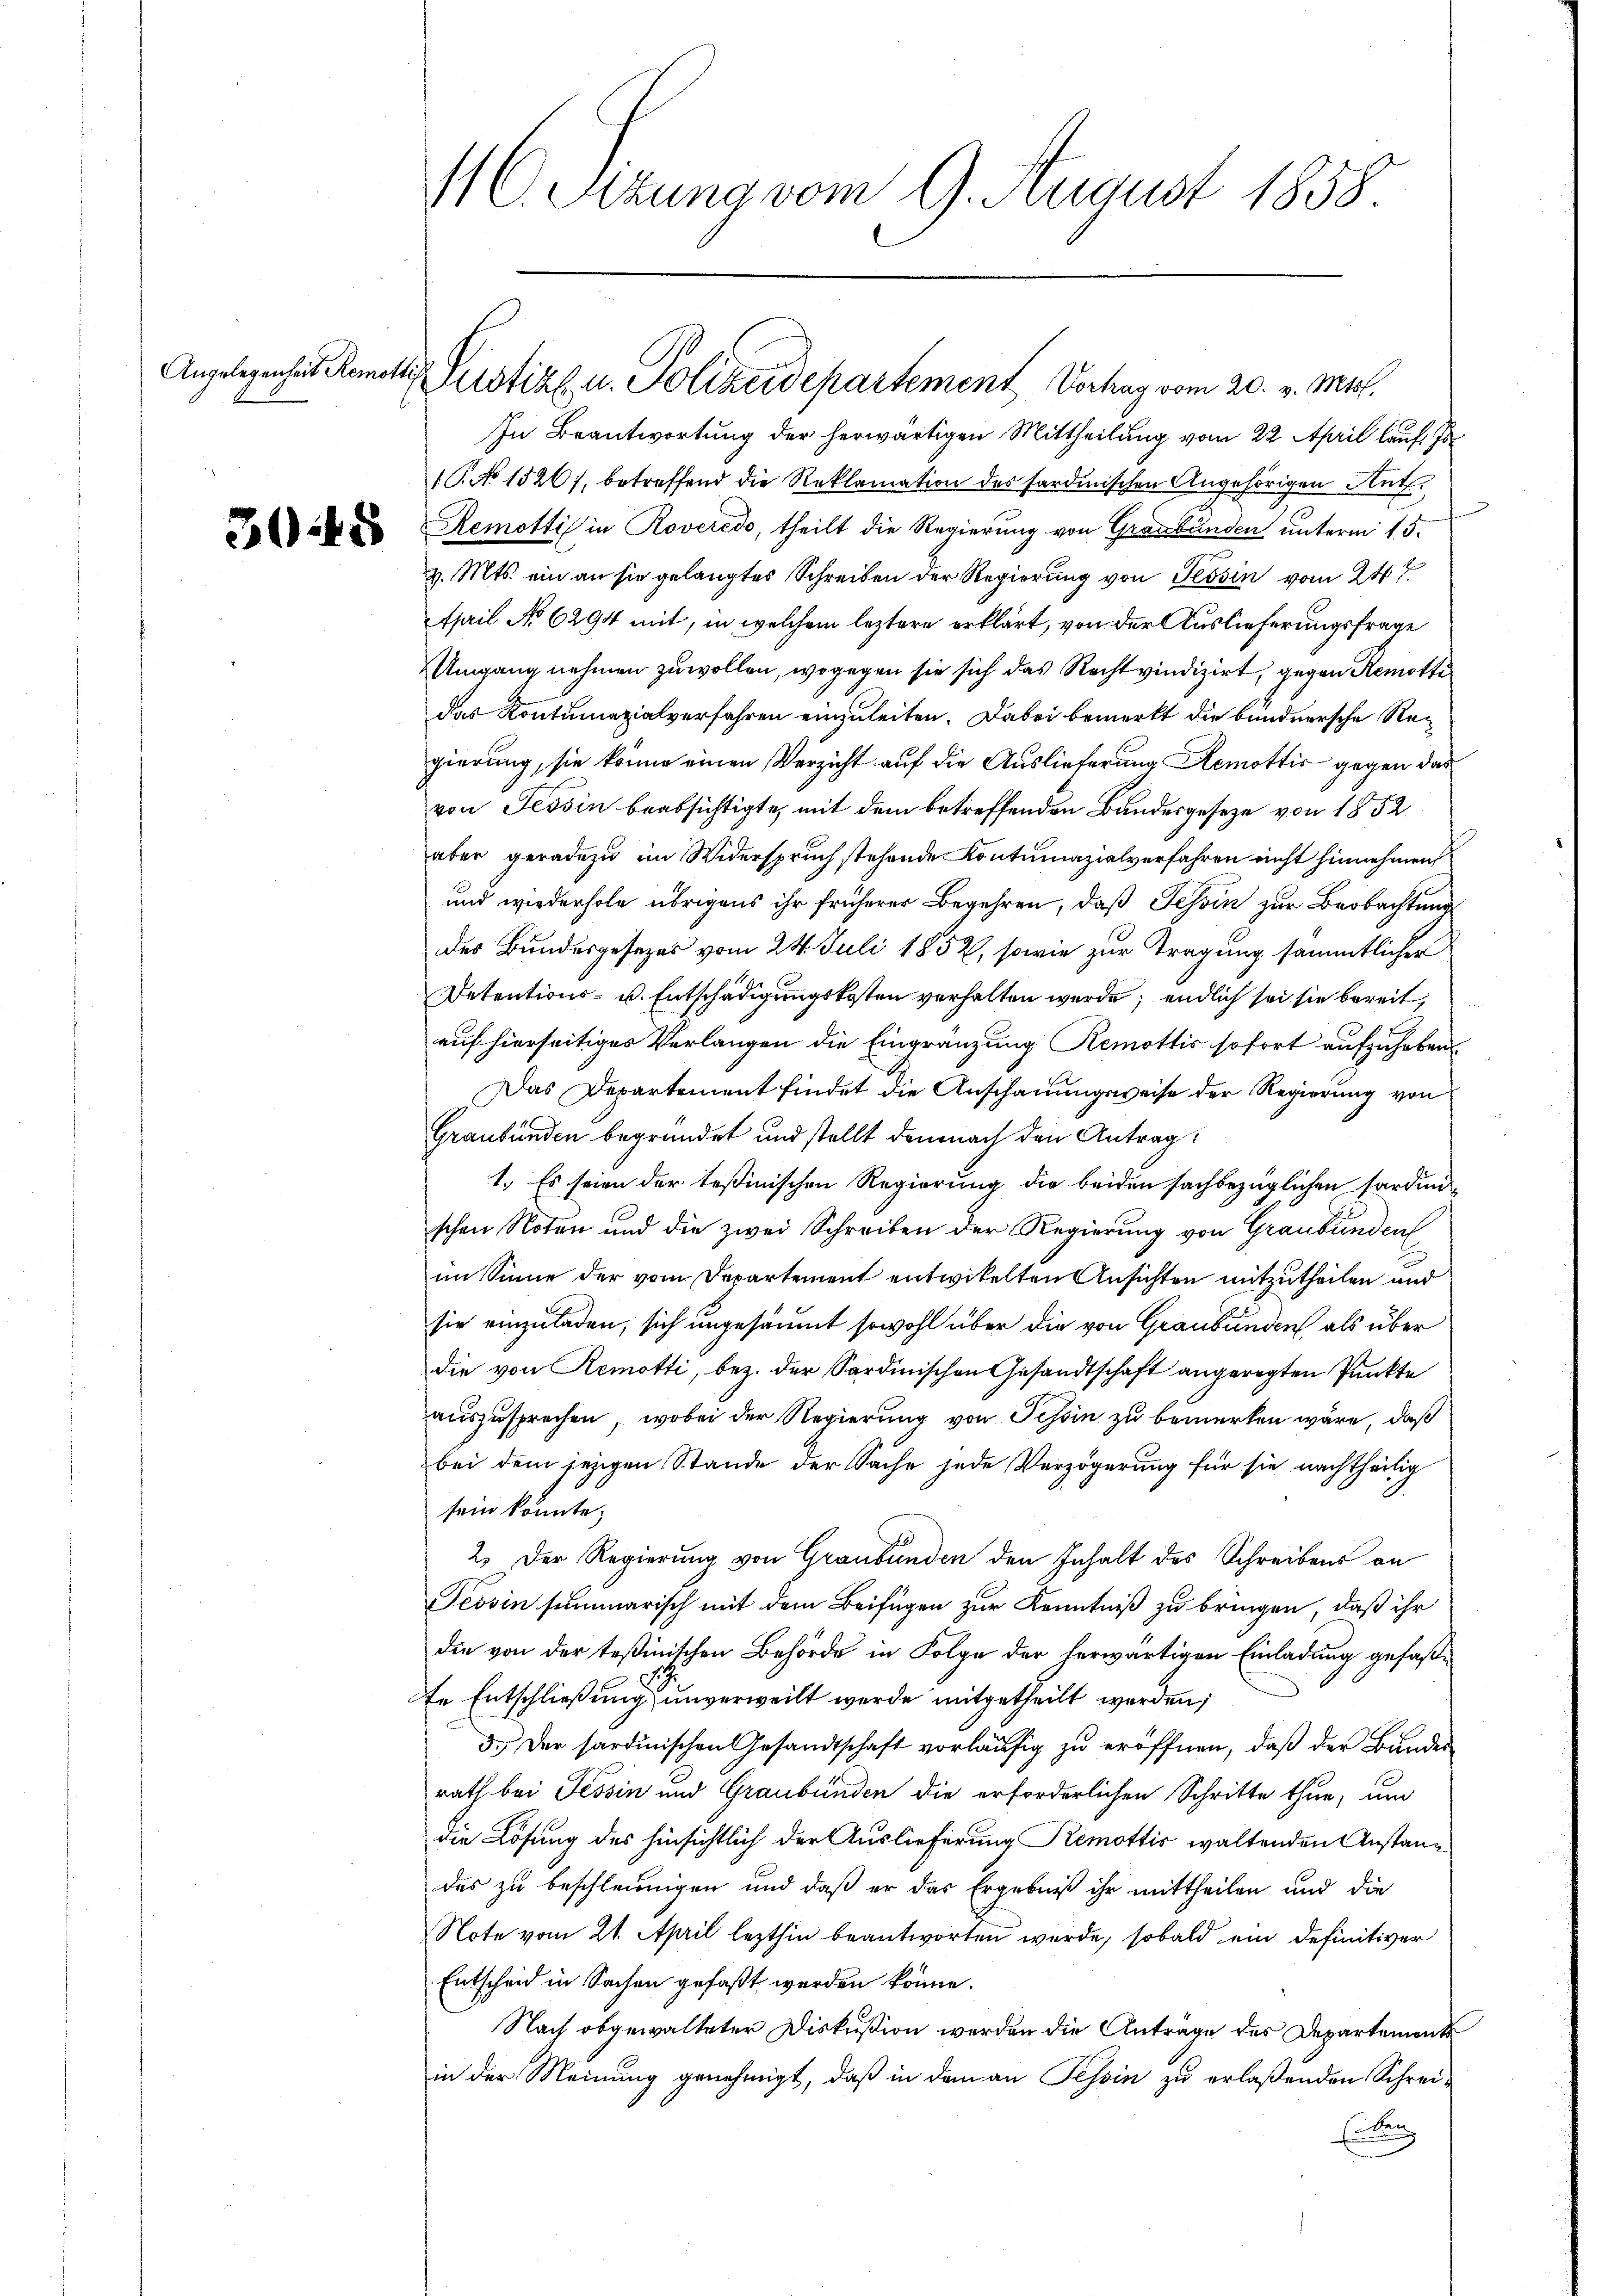
Angelegenheit Remottis

3048

In Beantwortung der herwärtigen Mittheilung vom 22. April lauf I
1. No 1520, betreffend die Reklamation des sardinischen Angehörigen Ant.
Remottis in Roveredo, theilt die Regierung von Graubünden unterm 15.
v. Mts. ein an sie gelangtes Schreiben der Regierung von Tessin vom 24t
April No 6294 mit, in welchem leztere erklärt, von der Auslieferungsfrage
UUmgang nehmen zu wollen, wogegen sie sich das Recht vindizirt, gegen Remotte
das Kontumazialverfahren einzuleiten. Dabei bemerkt die bundnersche Regierung, sie könne einen Verzicht auf die Auslieferung Remottis gegen das
von Tessin beabsichtigte, mit dem betreffenden Bandesgesetze von 1852.
aber geradezu im Widerspruch stehende Kontumazialverfahren nicht hinnehmen
und wiederhole übrigens ihr früherer Begehren, daß Tessin zur Beobachtung
des Bundesgesezes vom 24. Juli 1852, sowie zur Tragung sämmtlicher
Detentions- u. Entschädigungskosten verhalten werde; endlich sei sie bereit,
auf hierseitiges Verlangen die Eingränzung Remottis sofort aufzuheben
Das Departement findet die Anschauungsweise der Regierung von
Graubünden begründet und stellt demnach den Antrag
1.) Es seien der testinischen Regierung die beiden sachbezüglichen Sardinischen Noten und die zwei Schreiben der Regierung von Graubünden
im Sinne der vom Departement entwickelten Ansichten mitzutheilen und
sie einzuladen, sich ungesäumt sowohl über die von Graubünden als über
die von Remotti, bez. der Sardinischen Gesandtschaft angeregten Punkte
auszusprechen, wobei der Regierung von Tessin zu bemerken wäre, daß
bei dem jezigen Stande der Sache jede Verzögerung für sie nachtheilig
sein könnte;
2.) Der Regierung von Graubünden den Inhalt des Schreibens an
Tessin summarisch mit dem Beifügen zur Kenntniß zu bringen, daß ihr
die von der Teßinischen Behörde in Folge der herwärtigen Einladung gefaßte Entschließung unverweilt werde mitgetheilt werden;
3.) Der sardinischen Gesandtschaft vorläufig zu eröffnen, daß der Bunder
rath bei Tessin und Graubünden die erforderlichen Schritte thue, um
die Lösung des hinsichtlich der Auslieferung Remottis waltenden Anstandes zu beschleunigen und daß er das Ergebniß ihr mittheilen und die
Note vom 21. April lezthin beantworten wurde, sobald ein definitiver
Entscheid in Sachen gefaßt werden könne.
Nach abgewalteter Diskußion werden die Antrage des Departements
in der Meinung genehmigt, daß in dem an Tessin zu erlaßenden Schrei¬
Eben

Pustiz u. Polizeidepartement, Vortrag vom 20. v. Mts.

MC. Sitzung vom 9. August 1858